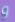
و